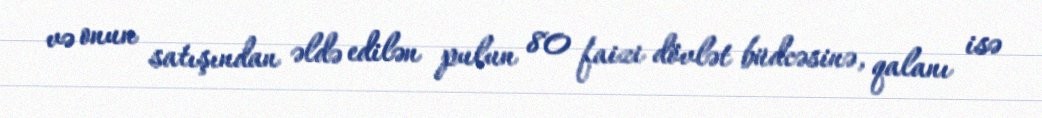
və onun satışından əldə edilən pulun 80 faizi dövlət büdcəsinə, qalanı isə